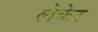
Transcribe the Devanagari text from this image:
लेकेर